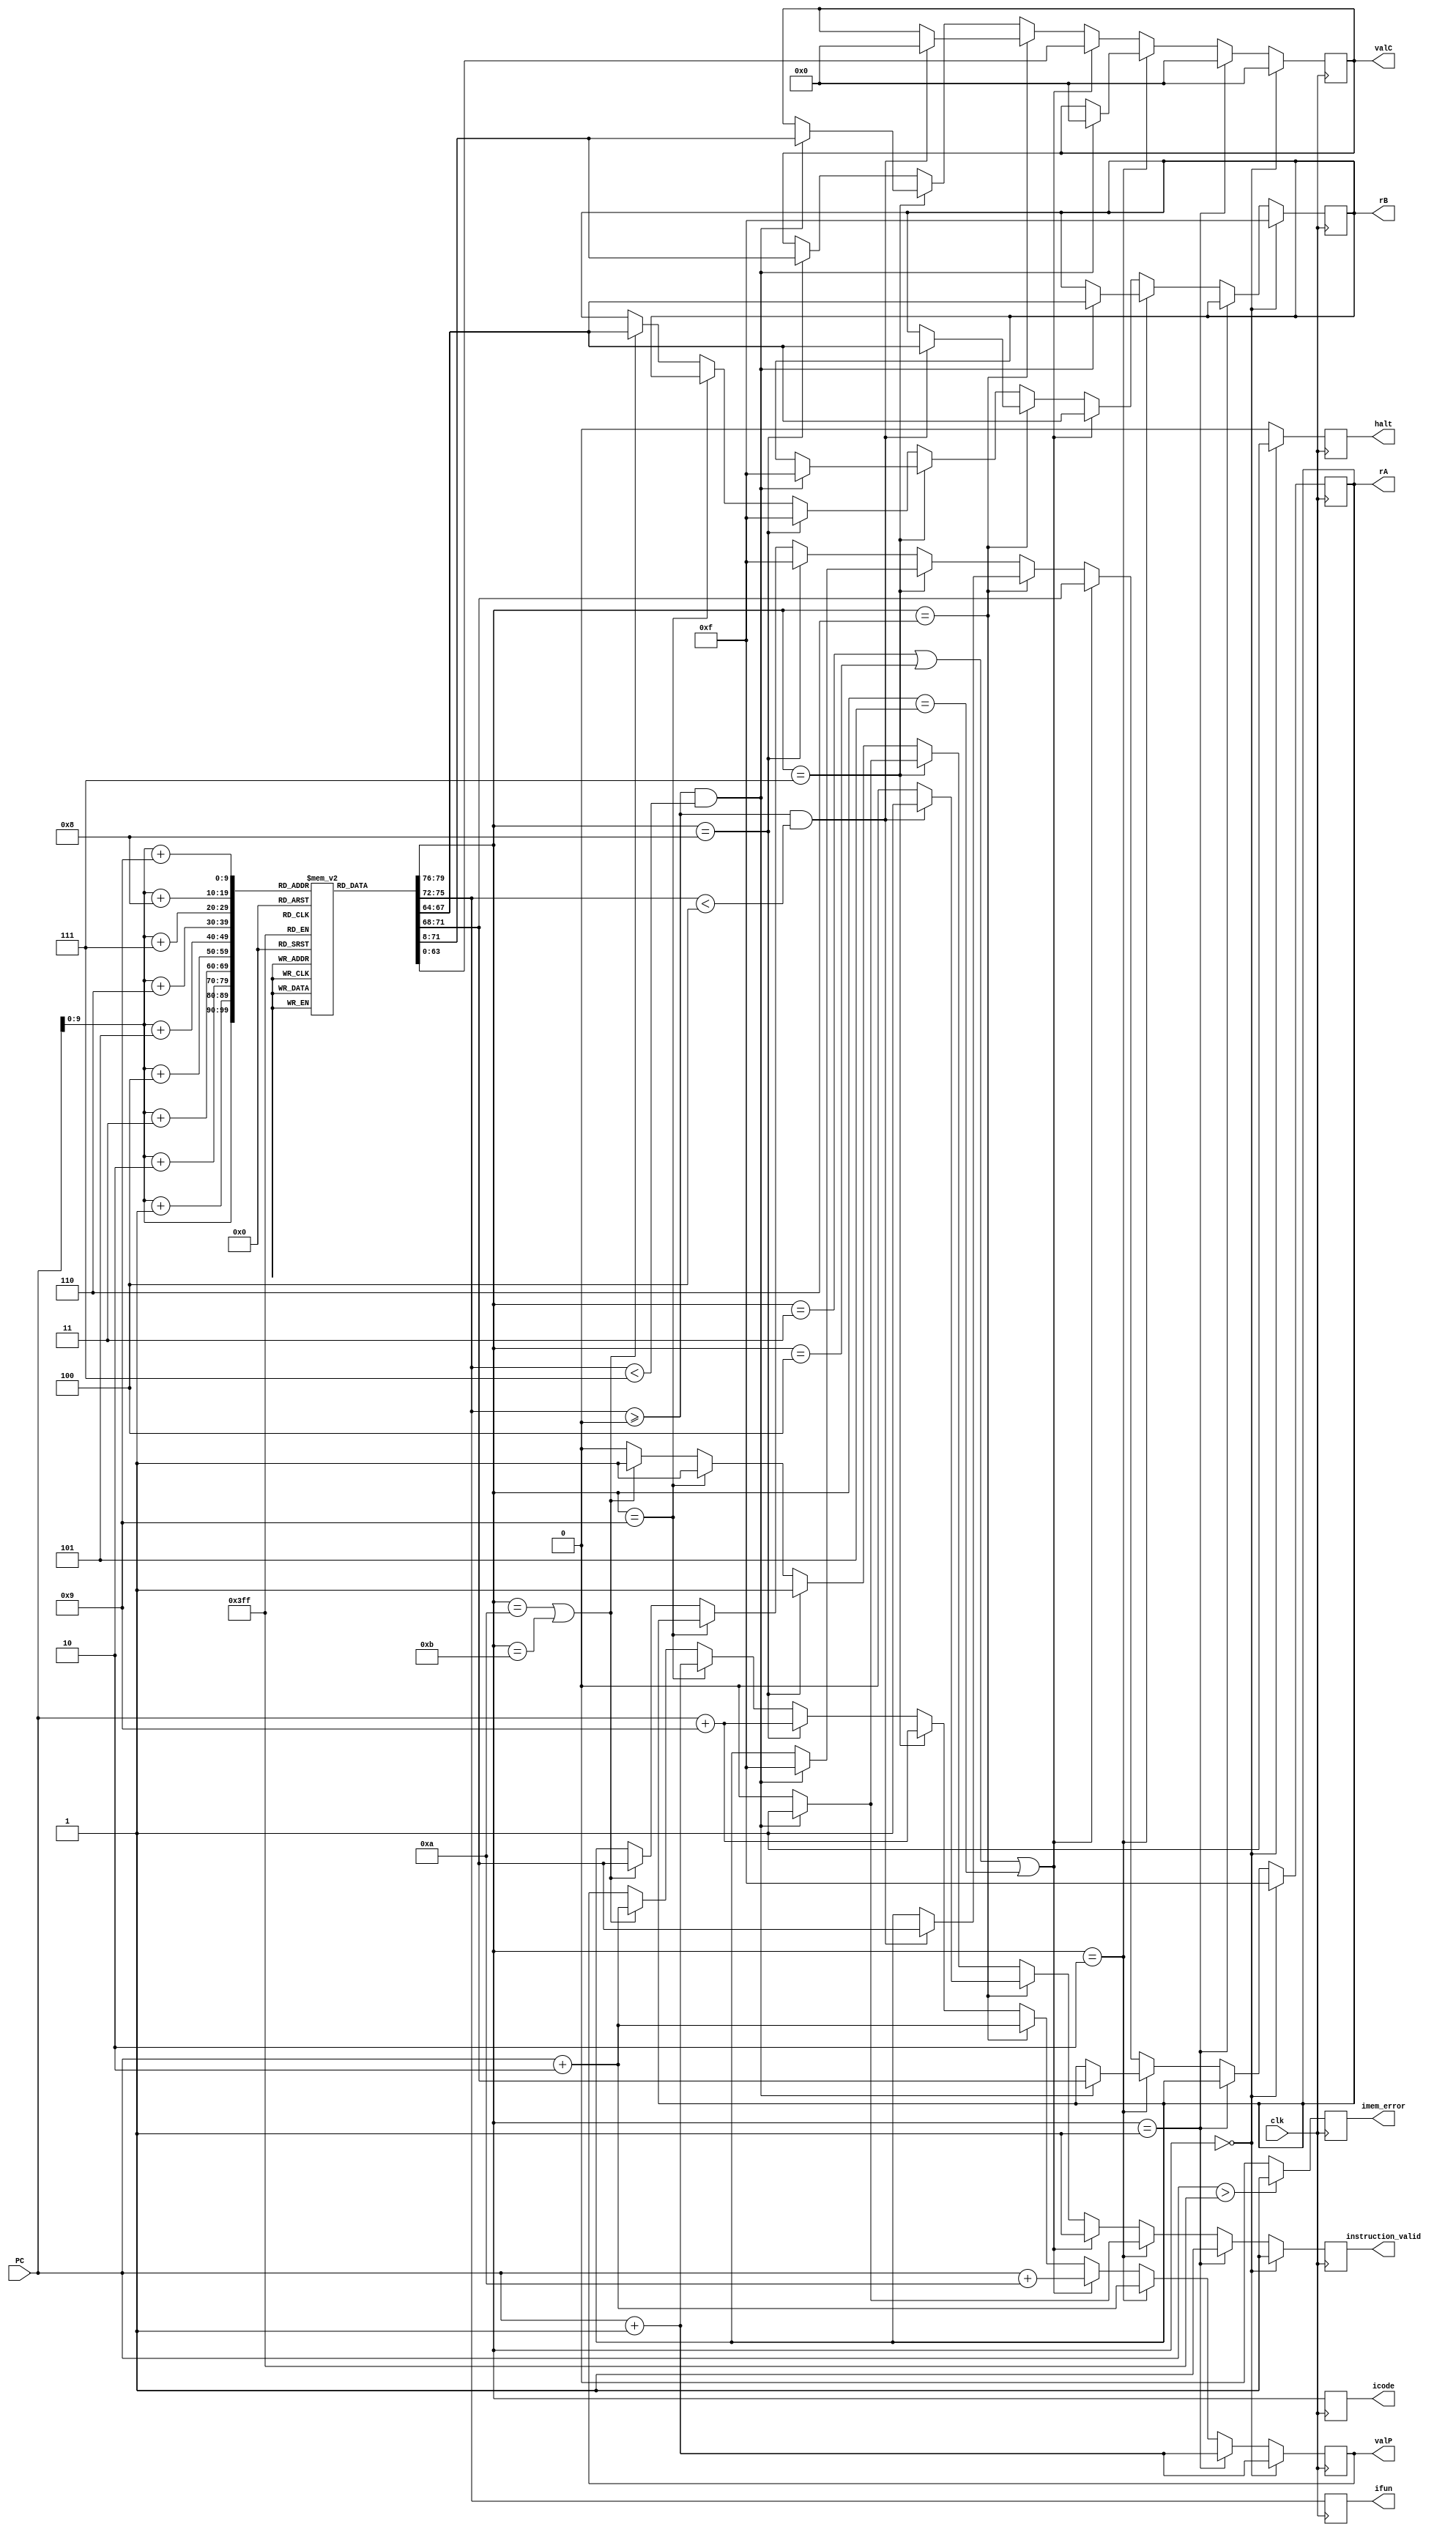
module fetch (
    input clk,
    input [63:0] PC,
    output reg [3:0] icode,
    output reg [3:0] ifun,
    output reg [3:0] rA,
    output reg [3:0] rB,
    output reg [63:0] valC,
    output reg [63:0] valP,
    output reg instruction_valid,
    output reg imem_error,
    output reg halt
);


reg [7:0] instruction_memory[0:1023]; // 1kb instruction_memory
reg [0:79] instr; 

always @(posedge clk) begin
    //Reading first 10 bytes from PC 
    // instr[0:7] = instruction_memory[PC];
    // instr[8:15] = instruction_memory[PC+1];
    // instr[16:23] = instruction_memory[PC+2];
    // instr[24:31] = instruction_memory[PC+3];
    // instr[32:39] = instruction_memory[PC+4];
    // instr[40:47] = instruction_memory[PC+5];
    // instr[48:55] = instruction_memory[PC+6];
    // instr[56:63] = instruction_memory[PC+7];
    // instr[64:71] = instruction_memory[PC+8];
    // instr[72:79]  = instruction_memory[PC+9];
    instr={
      instruction_memory[PC],
      instruction_memory[PC+1],
      instruction_memory[PC+2],
      instruction_memory[PC+3],
      instruction_memory[PC+4],
      instruction_memory[PC+5],
      instruction_memory[PC+6],
      instruction_memory[PC+7],
      instruction_memory[PC+8],
      instruction_memory[PC+9]
    };
      
    // Imem_error
    imem_error = 0;
    if (PC > 1023) begin 
        imem_error = 1;
    end

    // Split
    icode = instr[0:3];
    ifun = instr[4:7];
    halt = 1'h0;
    // Align
    if (icode == 4'h0) begin
        rA <= 4'b1111;
        rB <= 4'b1111;
        valC <= 64'd0;
        instruction_valid <= 1'b1; 
        valP<=PC+64'd1;
        halt <= 1'h1;

    end
    else if (icode == 4'h1) begin
        // rA = 4'b1111;
        // rB = 4'b1111;
        valC <= 64'd0;
        instruction_valid <= 1'b1;
        valP<=PC+64'd1;
    end
    else if (icode == 4'h2) begin
        if (ifun >= 4'h0 && ifun < 4'h7) begin
            rA <= instr[8:11];
            rB <= instr[12:15];
            valC <= 64'd0;
            instruction_valid <= 1'b1;
            valP<=PC+64'd2;
        end
        else begin
            instruction_valid <= 1'b0;
            valP<=PC+64'd2;
        end
    end
    else if (icode == 4'h3 || icode == 4'h4 || icode == 4'h5) begin
        rA = instr[8:11];
        rB = instr[12:15];
        valC = instr[16:79];
        instruction_valid = 1'b1;
        valP=PC+64'd10;
    end
    else if (icode == 4'h6) begin
        if (ifun >= 4'h0 && ifun < 4'h4) begin
            rA = instr[8:11];
            rB = instr[12:15];
            valC = 64'd0;
            instruction_valid = 1'b1;
            valP=PC+64'd2;
        end
        else begin
            instruction_valid = 1'b0;
            valP=PC+64'd2;
        end
    end
    else if (icode == 4'h7) begin
        if (ifun >= 4'h0 && ifun < 4'h7) begin
            rA = 4'b1111;
            rB = 4'b1111;
            valC = instr[8:71];
            instruction_valid = 1'b1;
            valP=PC+64'd9;
        end
        else begin
            instruction_valid = 1'b0;
            valP=PC+64'd9;
        end
    end
    else if (icode == 4'h8) begin
        rA = 4'b1111;
        rB = 4'b1111;
        valC = instr[8:71];
        instruction_valid = 1'b1;
        valP=PC+64'd9;
    end
    else if (icode == 4'h9) begin
        instruction_valid = 1'b1; 
        valP=PC+64'd1;
    end
    else if (icode == 4'ha || icode == 4'hb) begin
        rA = instr[8:11];
        rB = instr[12:15];
        instruction_valid = 1'b1;
        valP=PC+64'd2;
    end
    else begin
        instruction_valid = 1'b0;
    end


end

initial begin
//cmovxx
// instruction_memory[0]=8'h20; //2 fn (Conditional Move instruction)
// instruction_memory[1]=8'h13; //rA rB

// //irmovq
// instruction_memory[2]=8'h30; //3 0 (Immediate Load instruction)
// instruction_memory[3]=8'h02; //F rB
// instruction_memory[4]=8'h00; //V
// instruction_memory[5]=8'h00; //V
// instruction_memory[6]=8'h00; //V
// instruction_memory[7]=8'h00; //V
// instruction_memory[8]=8'h00; //V
// instruction_memory[9]=8'h00; //V
// instruction_memory[10]=8'h00; //V
// instruction_memory[11]=8'h10; //V=16

// //rmmovq
// // instruction_memory[12]=8'h40; //4 0 (Register to Memory Move instruction)
// // instruction_memory[13]=8'h52; //rA rB
// // instruction_memory[14]=8'h00; //D
// // instruction_memory[15]=8'h00; //D
// // instruction_memory[16]=8'h00; //D
// // instruction_memory[17]=8'h00; //D
// // instruction_memory[18]=8'h00; //D
// // instruction_memory[19]=8'h00; //D
// // instruction_memory[20]=8'h00; //D
// // instruction_memory[21]=8'h01; //D
// instruction_memory[12]=8'h90; 


// //mrmovq
// instruction_memory[22]=8'h50; //5 0 (Memory to Register Move instruction)
// instruction_memory[23]=8'h72; //rA rB
// instruction_memory[24]=8'h00; //D
// instruction_memory[25]=8'h00; //D
// instruction_memory[26]=8'h00; //D
// instruction_memory[27]=8'h00; //D
// instruction_memory[28]=8'h00; //D
// instruction_memory[29]=8'h00; //D
// instruction_memory[30]=8'h00; //D
// instruction_memory[31]=8'h01; //D

// //halt
// instruction_memory[32]=8'h01; // 0 0 (Halt instruction)

// //addq
// instruction_memory[33]=8'h00; //6 fn (Add instruction)
// instruction_memory[34]=8'h23; //rA rB

// //subq
// instruction_memory[35]=8'h61; //6 fn (Subtract instruction)
// instruction_memory[36]=8'h23; //rA rB

// //xorq
// instruction_memory[37]=8'h63; //6 fn (XOR instruction)
// instruction_memory[38]=8'h23; //rA rB

// //andq
// instruction_memory[39]=8'h62; //6 fn (AND instruction)
// instruction_memory[40]=8'h23; //rA rB

// //cmovxx
// instruction_memory[41]=8'h20; //2 fn (Conditional Move instruction)
// instruction_memory[42]=8'h04; //rA rB

// instruction_memory[43]=8'h10; // 1 0
// instruction_memory[44]=8'h10; // 1 0
// instruction_memory[45]=8'h10; // 1 0
// instruction_memory[46]=8'h10; // 1 0
// instruction_memory[47]=8'h10; // 1 0
// instruction_memory[48]=8'h10; // 1 0

// //halt
// instruction_memory[49]=8'h01; // 0 0

// instruction_memory[50]=8'h10; // 1 0

// //halt
// instruction_memory[51]=8'h01; // 0 0

// //cmovxx
// instruction_memory[52]=8'h25; //2 fn (Conditional Move instruction)
// instruction_memory[53]=8'h04; //rA rB

// //jxx
// instruction_memory[54]=8'h70; //7 fn (Jump instruction)
// instruction_memory[55]=8'h00; //Dest
// instruction_memory[56]=8'h00; //Dest
// instruction_memory[57]=8'h00; //Dest
// instruction_memory[58]=8'h00; //Dest
// instruction_memory[59]=8'h00; //Dest
// instruction_memory[60]=8'h00; //Dest
// instruction_memory[61]=8'h00; //Dest
// instruction_memory[62]=8'h00; //Dest

// instruction_memory[63]=8'h10; //1 0

// //call
// instruction_memory[64]=8'h80; //8 0 (Call subroutine instruction)
// instruction_memory[65]=8'h00; //Dest
// instruction_memory[66]=8'h00; //Dest
// instruction_memory[67]=8'h00; //Dest
// instruction_memory[68]=8'h00; //Dest
// instruction_memory[69]=8'h00; //Dest
// instruction_memory[70]=8'h00; //Dest
// instruction_memory[71]=8'h00; //Dest
// instruction_memory[72]=8'h00; //Dest

// //ret
// instruction_memory[73]=8'h01; // 9 0 (Return from subroutine instruction)

// //halt
// instruction_memory[74]=8'h01; // 0 0

// //pushq
// instruction_memory[75]=8'hA0; //A 0 (Push instruction)
// instruction_memory[76]=8'h00; //rA F

// //popq
// instruction_memory[77]=8'hB0; //B 0 (Pop instruction)
// instruction_memory[78]=8'h00; //rA F

// //nop
// instruction_memory[79]=8'h10; //1 0 (No operation instruction)

// //halt 
// instruction_memory[80]=8'h00; // 0 0


// //irmovq $0x100, %rbx
//     instruction_memory[0] = 8'b00110000;
//     instruction_memory[1] = 8'b00000011;
//     instruction_memory[2] = 8'b00000000;
//     instruction_memory[3] = 8'b00000001;
//     instruction_memory[4] = 8'b00000000;
//     instruction_memory[5] = 8'b00000000;
//     instruction_memory[6] = 8'b00000000;
//     instruction_memory[7] = 8'b00000000;
//     instruction_memory[8] = 8'b00000000;
//     instruction_memory[9] = 8'b11110011;
    
//     // irmovq $0x200, %rdx
//     instruction_memory[10] = 8'b00110000;
//     instruction_memory[11] = 8'b00000010;
//     instruction_memory[12] = 8'b00000000;
//     instruction_memory[13] = 8'b00000010;
//     instruction_memory[14] = 8'b00000000;
//     instruction_memory[15] = 8'b00000000;
//     instruction_memory[16] = 8'b00000000;
//     instruction_memory[17] = 8'b00000000;
//     instruction_memory[18] = 8'b00000000;
//     instruction_memory[19] = 8'b11110010;
    
//     // addq %rdx, %rbx
//     instruction_memory[20] = 8'b01100000;
//     instruction_memory[21] = 8'b00100011;
//     instruction_memory[22] = 8'b00000000;
//     instruction_memory[23] = 8'b00000000;
//     instruction_memory[24] = 8'b00000000;
//     instruction_memory[25] = 8'b00000000;
//     instruction_memory[26] = 8'b00000000;
//     instruction_memory[27] = 8'b00000000;
//     instruction_memory[28] = 8'b00000000;
//     instruction_memory[29] = 8'b00000000;
// instruction_memory[30]=8'h00; // 0 0


//   //main:
//   //irmovq $0x0, %rax
//   instruction_memory[0]=8'b00110000; //3 0
//   instruction_memory[1]=8'b00000000; //F rB=0
//   instruction_memory[2]=8'b00000000;           
//   instruction_memory[3]=8'b00000000;           
//   instruction_memory[4]=8'b00000000;           
//   instruction_memory[5]=8'b00000000;           
//   instruction_memory[6]=8'b00000000;           
//   instruction_memory[7]=8'b00000000;           
//   instruction_memory[8]=8'b00000000;          
//   instruction_memory[9]=8'b00000000; //V=0
// //   //irmovq $0x10, %rdx
//   instruction_memory[10]=8'b00110000; //3 0
//   instruction_memory[11]=8'b00000010; //F rB=2
//   instruction_memory[12]=8'b00000000;           
//   instruction_memory[13]=8'b00000000;           
//   instruction_memory[14]=8'b00000000;           
//   instruction_memory[15]=8'b00000000;           
//   instruction_memory[16]=8'b00000000;           
//   instruction_memory[17]=8'b00000000;           
//   instruction_memory[18]=8'b00000000;          
//   instruction_memory[19]=8'b00010000; //V=16
//   //irmovq $0xc, %rbx
//   instruction_memory[20]=8'b00110000; //3 0
//   instruction_memory[21]=8'b00000011; //F rB=3
//   instruction_memory[22]=8'b00000000;           
//   instruction_memory[23]=8'b00000000;           
//   instruction_memory[24]=8'b00000000;           
//   instruction_memory[25]=8'b00000000;           
//   instruction_memory[26]=8'b00000000;           
//   instruction_memory[27]=8'b00000000;           
//   instruction_memory[28]=8'b00000000;          
//   instruction_memory[29]=8'b00001100; //V=12
//   //jmp check
//   instruction_memory[30]=8'b01110000; //7 fn
//   instruction_memory[31]=8'b00000000; //Dest
//   instruction_memory[32]=8'b00000000; //Dest
//   instruction_memory[33]=8'b00000000; //Dest
//   instruction_memory[34]=8'b00000000; //Dest
//   instruction_memory[35]=8'b00000000; //Dest
//   instruction_memory[36]=8'b00000000; //Dest
//   instruction_memory[37]=8'b00000000; //Dest
//   instruction_memory[38]=8'b00100000; //Dest=32

// // check:
//   // addq %rax, %rbx 
//   instruction_memory[39]=8'b01100000; //5 fn
//   instruction_memory[40]=8'b00000011; //rA=0 rB=3
//   // je rbxres  
//   instruction_memory[41]=8'b01110011; //7 fn=3
//   instruction_memory[42]=8'b00000000; //Dest
//   instruction_memory[43]=8'b00000000; //Dest
//   instruction_memory[44]=8'b00000000; //Dest
//   instruction_memory[45]=8'b00000000; //Dest
//   instruction_memory[46]=8'b00000000; //Dest
//   instruction_memory[47]=8'b00000000; //Dest
//   instruction_memory[48]=8'b00000000; //Dest
//   instruction_memory[49]=8'b01111010; //Dest=122
//   // addq %rax, %rdx
//   instruction_memory[50]=8'b01100000; //5 fn
//   instruction_memory[51]=8'b00000010; //rA=0 rB=2
//   // je rdxres 
//   instruction_memory[52]=8'b01110011; //7 fn=3
//   instruction_memory[53]=8'b00000000; //Dest
//   instruction_memory[54]=8'b00000000; //Dest
//   instruction_memory[55]=8'b00000000; //Dest
//   instruction_memory[56]=8'b00000000; //Dest
//   instruction_memory[57]=8'b00000000; //Dest
//   instruction_memory[58]=8'b00000000; //Dest
//   instruction_memory[59]=8'b00000000; //Dest
//   instruction_memory[60]=8'b01111101; //Dest=125
//   // jmp loop2 
//   instruction_memory[61]=8'b01110000; //7 fn=0
//   instruction_memory[62]=8'b00000000; //Dest
//   instruction_memory[63]=8'b00000000; //Dest
//   instruction_memory[64]=8'b00000000; //Dest
//   instruction_memory[65]=8'b00000000; //Dest
//   instruction_memory[66]=8'b00000000; //Dest
//   instruction_memory[67]=8'b00000000; //Dest
//   instruction_memory[68]=8'b00000000; //Dest
//   instruction_memory[69]=8'b01000110; //Dest

// // loop2:
//   // rrmovq %rdx, %rsi 
//   instruction_memory[70]=8'b00100000; //2 fn=0
//   instruction_memory[71]=8'b00100110; //rA=2 rB=6
//   // rrmovq %rbx, %rdi
//   instruction_memory[72]=8'b00100000; //2 fn=0
//   instruction_memory[73]=8'b00110111; //rA=3 rB=7
//   // subq %rbx, %rsi
//   instruction_memory[74]=8'b01100001; //5 fn=1
//   instruction_memory[75]=8'b00110110; //rA=3 rB=6
//   // jge ab1  
//   instruction_memory[76]=8'b01110001; //7 fn=5
//   instruction_memory[77]=8'b00000000; //Dest
//   instruction_memory[78]=8'b00000000; //Dest
//   instruction_memory[79]=8'b00000000; //Dest
//   instruction_memory[80]=8'b00000000; //Dest
//   instruction_memory[81]=8'b00000000; //Dest
//   instruction_memory[82]=8'b00000000; //Dest
//   instruction_memory[83]=8'b00000000; //Dest
//   instruction_memory[84]=8'b01100000; //Dest=96
//   // subq %rdx, %rdi 
//   instruction_memory[85]=8'b01100001; //5 fn
//   instruction_memory[86]=8'b00100111; //rA=2 rB=7
//   // jge ab2
//   instruction_memory[87]=8'b01110001; //7 fn=5
//   instruction_memory[88]=8'b00000000; //Dest
//   instruction_memory[89]=8'b00000000; //Dest
//   instruction_memory[90]=8'b00000000; //Dest
//   instruction_memory[91]=8'b00000000; //Dest
//   instruction_memory[92]=8'b00000000; //Dest
//   instruction_memory[93]=8'b00000000; //Dest
//   instruction_memory[94]=8'b00000000; //Dest
//   instruction_memory[95]=8'b01101101; //Dest=109

// // ab1:
//   // rrmovq %rbx, %rdx
//   instruction_memory[96]=8'b00100000; //2 fn=0
//   instruction_memory[97]=8'b00110010; //rA=3 rB=2
//   // rrmovq %rsi, %rbx
//   instruction_memory[98]=8'b00100000; //2 fn=0
//   instruction_memory[99]=8'b01100011; //rA=6 rB=3
//   // jmp check
//   instruction_memory[100]=8'b01110000; //7 fn=0
//   instruction_memory[101]=8'b00000000; //Dest
//   instruction_memory[102]=8'b00000000; //Dest
//   instruction_memory[103]=8'b00000000; //Dest
//   instruction_memory[104]=8'b00000000; //Dest
//   instruction_memory[105]=8'b00000000; //Dest
//   instruction_memory[106]=8'b00000000; //Dest
//   instruction_memory[107]=8'b00000000; //Dest
//   instruction_memory[108]=8'b00100111; //Dest=39

// // ab2:
//   // rrmovq %rbx, %rdx
//   instruction_memory[109]=8'b00100000; //2 fn=0
//   instruction_memory[110]=8'b00110010; //rA=3 rB=2
//   // rrmovq %rdi, %rbx
//   instruction_memory[111]=8'b00100000; //2 fn=0
//   instruction_memory[112]=8'b01110011; //rA=7 rB=3
//   // jmp check
//   instruction_memory[113]=8'b01110000; //7 fn=0
//   instruction_memory[114]=8'b00000000; //Dest
//   instruction_memory[115]=8'b00000000; //Dest
//   instruction_memory[116]=8'b00000000; //Dest
//   instruction_memory[117]=8'b00000000; //Dest
//   instruction_memory[118]=8'b00000000; //Dest
//   instruction_memory[119]=8'b00000000; //Dest
//   instruction_memory[120]=8'b00000000; //Dest
//   instruction_memory[121]=8'b00100111; //Dest=39

// // rbxres:
//   // rrmovq %rdx, %rcx
//   instruction_memory[122]=8'b00100000; //2 fn=0
//   instruction_memory[123]=8'b00100001; //rA=2 rB=1
//   // halt
//   instruction_memory[124]=8'b00000000;

// // rdxres:
//   // rrmovq %rbx, %rcx
//   instruction_memory[125]=8'b00100000; //2 fn=0
//   instruction_memory[126]=8'b00110001; //rA=3 rB=1
//   // halt
//   instruction_memory[127]=8'b00000000;
  //cmovxx
    instruction_memory[0]=8'b00100000; //2 fn
    instruction_memory[1]=8'b00010011; //rA rB

  //irmovq
    instruction_memory[2]=8'b00110000; //3 0
    instruction_memory[3]=8'b00000010; //F rB
    instruction_memory[4]=8'b00000000; //V
    instruction_memory[5]=8'b00000000; //V
    instruction_memory[6]=8'b00000000; //V
    instruction_memory[7]=8'b00000000; //V
    instruction_memory[8]=8'b00000000; //V
    instruction_memory[9]=8'b00000000; //V
    instruction_memory[10]=8'b00000000; //V
    instruction_memory[11]=8'b00010001; //V=17

  //rmmovq
    instruction_memory[12]=8'b01000000; //4 0
    instruction_memory[13]=8'b01010010; //rA rB
    instruction_memory[14]=8'b00000000; //D
    instruction_memory[15]=8'b00000000; //D
    instruction_memory[16]=8'b00000000; //D
    instruction_memory[17]=8'b00000000; //D
    instruction_memory[18]=8'b00000000; //D
    instruction_memory[19]=8'b00000000; //D
    instruction_memory[20]=8'b00000000; //D
    instruction_memory[21]=8'b00000001; //D

  //mrmovq
    instruction_memory[22]=8'b01010000; //5 0
    instruction_memory[23]=8'b01110010; //rA rB
    instruction_memory[24]=8'b00000000; //D
    instruction_memory[25]=8'b00000000; //D
    instruction_memory[26]=8'b00000000; //D
    instruction_memory[27]=8'b00000000; //D
    instruction_memory[28]=8'b00000000; //D
    instruction_memory[29]=8'b00000000; //D
    instruction_memory[30]=8'b00000000; //D
    instruction_memory[31]=8'b00000001; //D

  //halt
    instruction_memory[32]=8'b00000001; // 0 0

  //OPq
    instruction_memory[32]=8'b01100000; //5 fn
    instruction_memory[33]=8'b00100011; //rA rB
    
//OPq
    instruction_memory[32]=8'b01100000; //5 fn
    instruction_memory[33]=8'b00100011; //rA rB
  
    instruction_memory[34]=8'b00010000; // 1 0
    instruction_memory[35]=8'b00010000; // 1 0
    instruction_memory[36]=8'b00010000; // 1 0

  //cmovxx
    instruction_memory[37]=8'b00100000; //2 fn
    instruction_memory[38]=8'b00000100; //rA rB

    instruction_memory[39]=8'b00010000; // 1 0
    instruction_memory[40]=8'b00010000; // 1 0
    instruction_memory[41]=8'b00010000; // 1 0
    instruction_memory[42]=8'b00010000; // 1 0
    instruction_memory[43]=8'b00010000; // 1 0
    instruction_memory[44]=8'b00010000; // 1 0

  //halt
    instruction_memory[45]=8'b00000001; // 0 0

    instruction_memory[34]=8'b00000001;
  //halt
    instruction_memory[35]=8'b00000001; // 0 0
  //cmovxx
    instruction_memory[35]=8'b00100101; //2 fn
    instruction_memory[36]=8'b00000100; //rA rB

  //jxx
    instruction_memory[34]=8'b01110000; //7 fn
    instruction_memory[35]=8'b00000000; //Dest
    instruction_memory[36]=8'b00000000; //Dest
    instruction_memory[37]=8'b00000000; //Dest
    instruction_memory[38]=8'b00000000; //Dest
    instruction_memory[39]=8'b00000000; //Dest
    instruction_memory[40]=8'b00000000; //Dest
    instruction_memory[41]=8'b00000000; //Dest
    instruction_memory[42]=8'b00100000; //Dest

  instruction_memory[42]=8'b00010000; //1 0
  //call
    instruction_memory[43]=8'b10000000; //8 0
    instruction_memory[44]=8'b00000000; //Dest
    instruction_memory[45]=8'b00000000; //Dest
    instruction_memory[46]=8'b00000000; //Dest
    instruction_memory[47]=8'b00000000; //Dest
    instruction_memory[48]=8'b00000000; //Dest
    instruction_memory[49]=8'b00000000; //Dest
    instruction_memory[50]=8'b00000000; //Dest
    instruction_memory[51]=8'b00000001; //Dest

  //ret
    instruction_memory[52]=8'b10010000; // 9 0
    
  
  //halt
    instruction_memory[1]=8'b00000000; // 0 0
  //pushq
    instruction_memory[53]=8'b10100000; //A 0
    instruction_memory[54]=8'b00000000; //rA F

  //popq
    instruction_memory[55]=8'b10110000; //B 0
    instruction_memory[56]=8'b00000000; //rA F

  //nop
    instruction_memory[57]=8'b00010000; //1 0

  //halt
    instruction_memory[58]=8'b00000000; // 0 0





end


endmodule